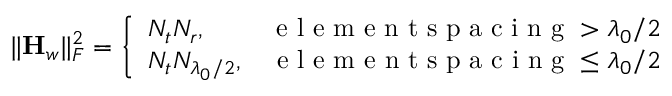
\| { \mathbf { H } _ { w } } \| _ { F } ^ { 2 } = \left\{ \begin{array} { l r } { N _ { t } N _ { r } , } & { \mathrm { ~ e ~ l ~ e ~ m ~ e ~ n ~ t ~ s ~ p ~ a ~ c ~ i ~ n ~ g ~ } > \lambda _ { 0 } / 2 } \\ { N _ { t } N _ { \lambda _ { 0 } / 2 } , } & { \mathrm { ~ e ~ l ~ e ~ m ~ e ~ n ~ t ~ s ~ p ~ a ~ c ~ i ~ n ~ g ~ } \le \lambda _ { 0 } / 2 } \end{array} \right.